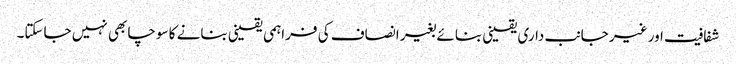
شفافیت اور غیر جانب داری یقینی بنائے بغیر انصاف کی فراہمی یقینی بنانے کا سوچا بھی نہیں جاسکتا۔